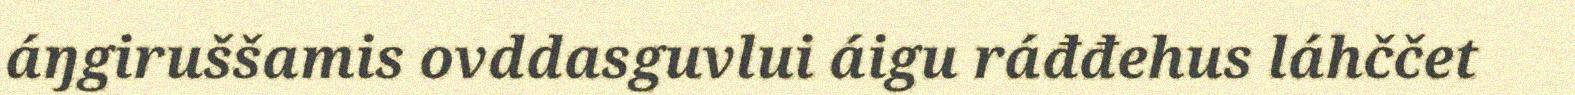
áŋgiruššamis ovddasguvlui áigu ráđđehus láhččet